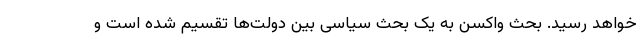
خواهد رسید. بحث واکسن به یک بحث سیاسی بین دولت‌ها تقسیم شده است و